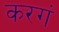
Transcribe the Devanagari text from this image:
करगं